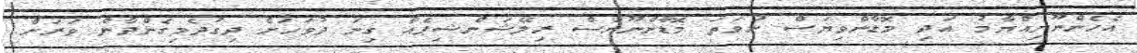
އެހެންނޫނިއްޔާމު އަދި މޮޑާންވިޔަސް ނުވަތަ މޮޑާންނޫނަސް ރިލޭޝަންޝިޕެއް ގިނަ ދުވަހަށް ދިގުދެމިގެންދާން ވަރަށް